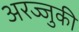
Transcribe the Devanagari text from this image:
अरज्जुकी